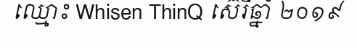
ឈ្មោះ Whisen ThinQ ស៊េរីឆ្នាំ ២០១៩